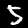
Label: 5